Investigations into the jail dietaries of the United Provinces with some observations on the influence of dietary on the physical development and well-being of the people of the United Provinces - Number 48
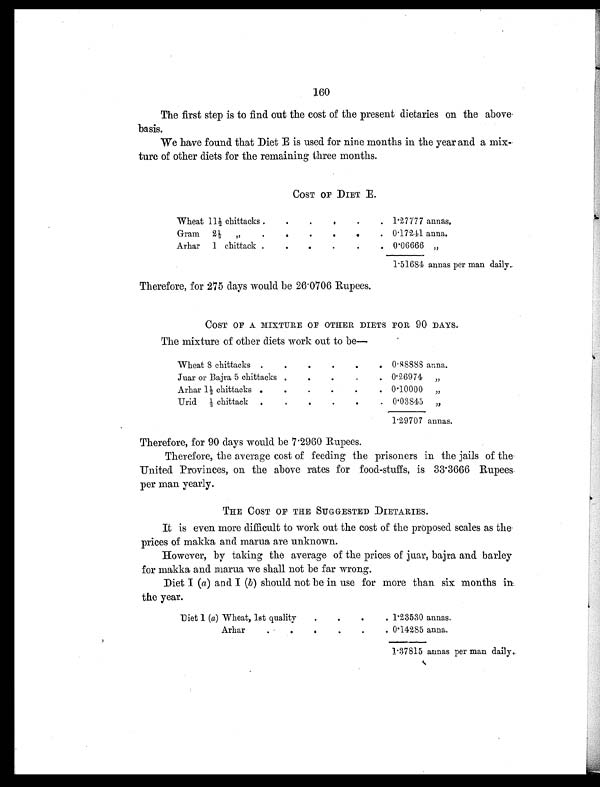
160
The first step is to find out the cost of the present dietaries on the above
-basis.
We have found that Diet E is used for nine months in the year and a mix
ture of other diets for the remaining three months.
COST OF DIET E.
Wheat 11½ chittacks
.
.
.
.
1.27777 annas.
Grain 2½ ,, . . .
. 0.17241 anna.
Arhar 1 chittack
.
.
.
.
0.06666 „
1.51684 annas per man daily.
Therefore, for 275 days would be 26.0706 Rupees.
COST OF A MIXTURE OF OTHER DIETS FOR 90 DAYS.
The mixture of other diets work out to be—
Wheat 8 chittacks . . . . . .
0.88888 anna.
Juar or Bajra 5 chittacks .
.
.
.
. 0.26974 „
Arhar 1½ chittacks . . . . . .
0.10000 „
Urid ½ chittack .
.
.
. . .
0.03845 „
1.29707 annas.
Therefore, for 90 days would be 7.2960 Rupees.
Therefore, the average cost of feeding the prisoners in the jails of the
United Provinces, on the above rates for food-stuffs, is 33.3666 Rupees.
per man yearly.
THE COST OF THE SUGGESTED DIETARIES.
It is even more difficult to work out the cost of the proposed scales as the
prices of makka and marua are unknown.
However, by taking the average of the prices of juar, bajra and barley
for makka and mania we shall not be far wrong.
Diet I (a) and I (b) should not be in use for more than six months in
the year.
Diet 1 (a) Wheat, 1st quality
. . . .
1.23530 annas.
Arhar
.
.
.
.
0.14285 anna.
1.37815 annas per man daily.